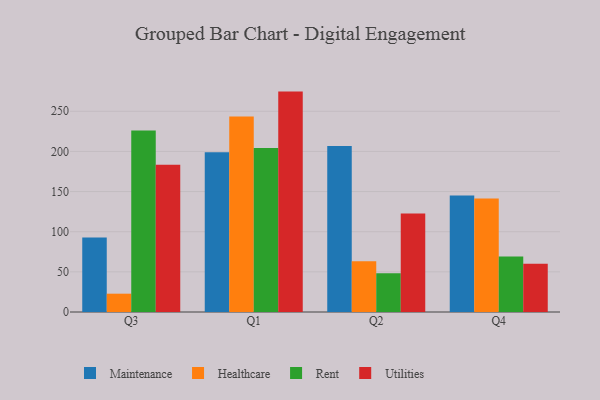
{"axis": {"x": "Quarter", "y": "Satisfaction Score"}, "legend": ["Healthcare", "Maintenance", "Rent", "Utilities"], "data": [{"x": "Q3", "y": 92.7, "type": "Maintenance"}, {"x": "Q3", "y": 22.8, "type": "Healthcare"}, {"x": "Q3", "y": 226.2, "type": "Rent"}, {"x": "Q3", "y": 183.3, "type": "Utilities"}, {"x": "Q1", "y": 199.1, "type": "Maintenance"}, {"x": "Q1", "y": 243.5, "type": "Healthcare"}, {"x": "Q1", "y": 204.3, "type": "Rent"}, {"x": "Q1", "y": 274.5, "type": "Utilities"}, {"x": "Q2", "y": 206.6, "type": "Maintenance"}, {"x": "Q2", "y": 63.3, "type": "Healthcare"}, {"x": "Q2", "y": 48.4, "type": "Rent"}, {"x": "Q2", "y": 122.6, "type": "Utilities"}, {"x": "Q4", "y": 145.2, "type": "Maintenance"}, {"x": "Q4", "y": 141.4, "type": "Healthcare"}, {"x": "Q4", "y": 69.1, "type": "Rent"}, {"x": "Q4", "y": 60.1, "type": "Utilities"}]}